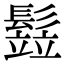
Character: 𩮗